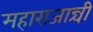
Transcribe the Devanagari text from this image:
महाराजान्ची